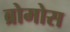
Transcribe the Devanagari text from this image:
ब्रोमोस